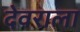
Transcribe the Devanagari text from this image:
देवराला